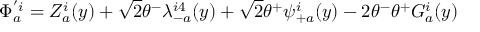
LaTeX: \Phi _ { a } ^ { ' i } = Z _ { a } ^ { i } ( y ) + \sqrt 2 \theta ^ { - } \lambda _ { - a } ^ { i 4 } ( y ) + \sqrt 2 \theta ^ { + } \psi _ { + a } ^ { i } ( y ) - 2 \theta ^ { - } \theta ^ { + } G _ { a } ^ { i } ( y )